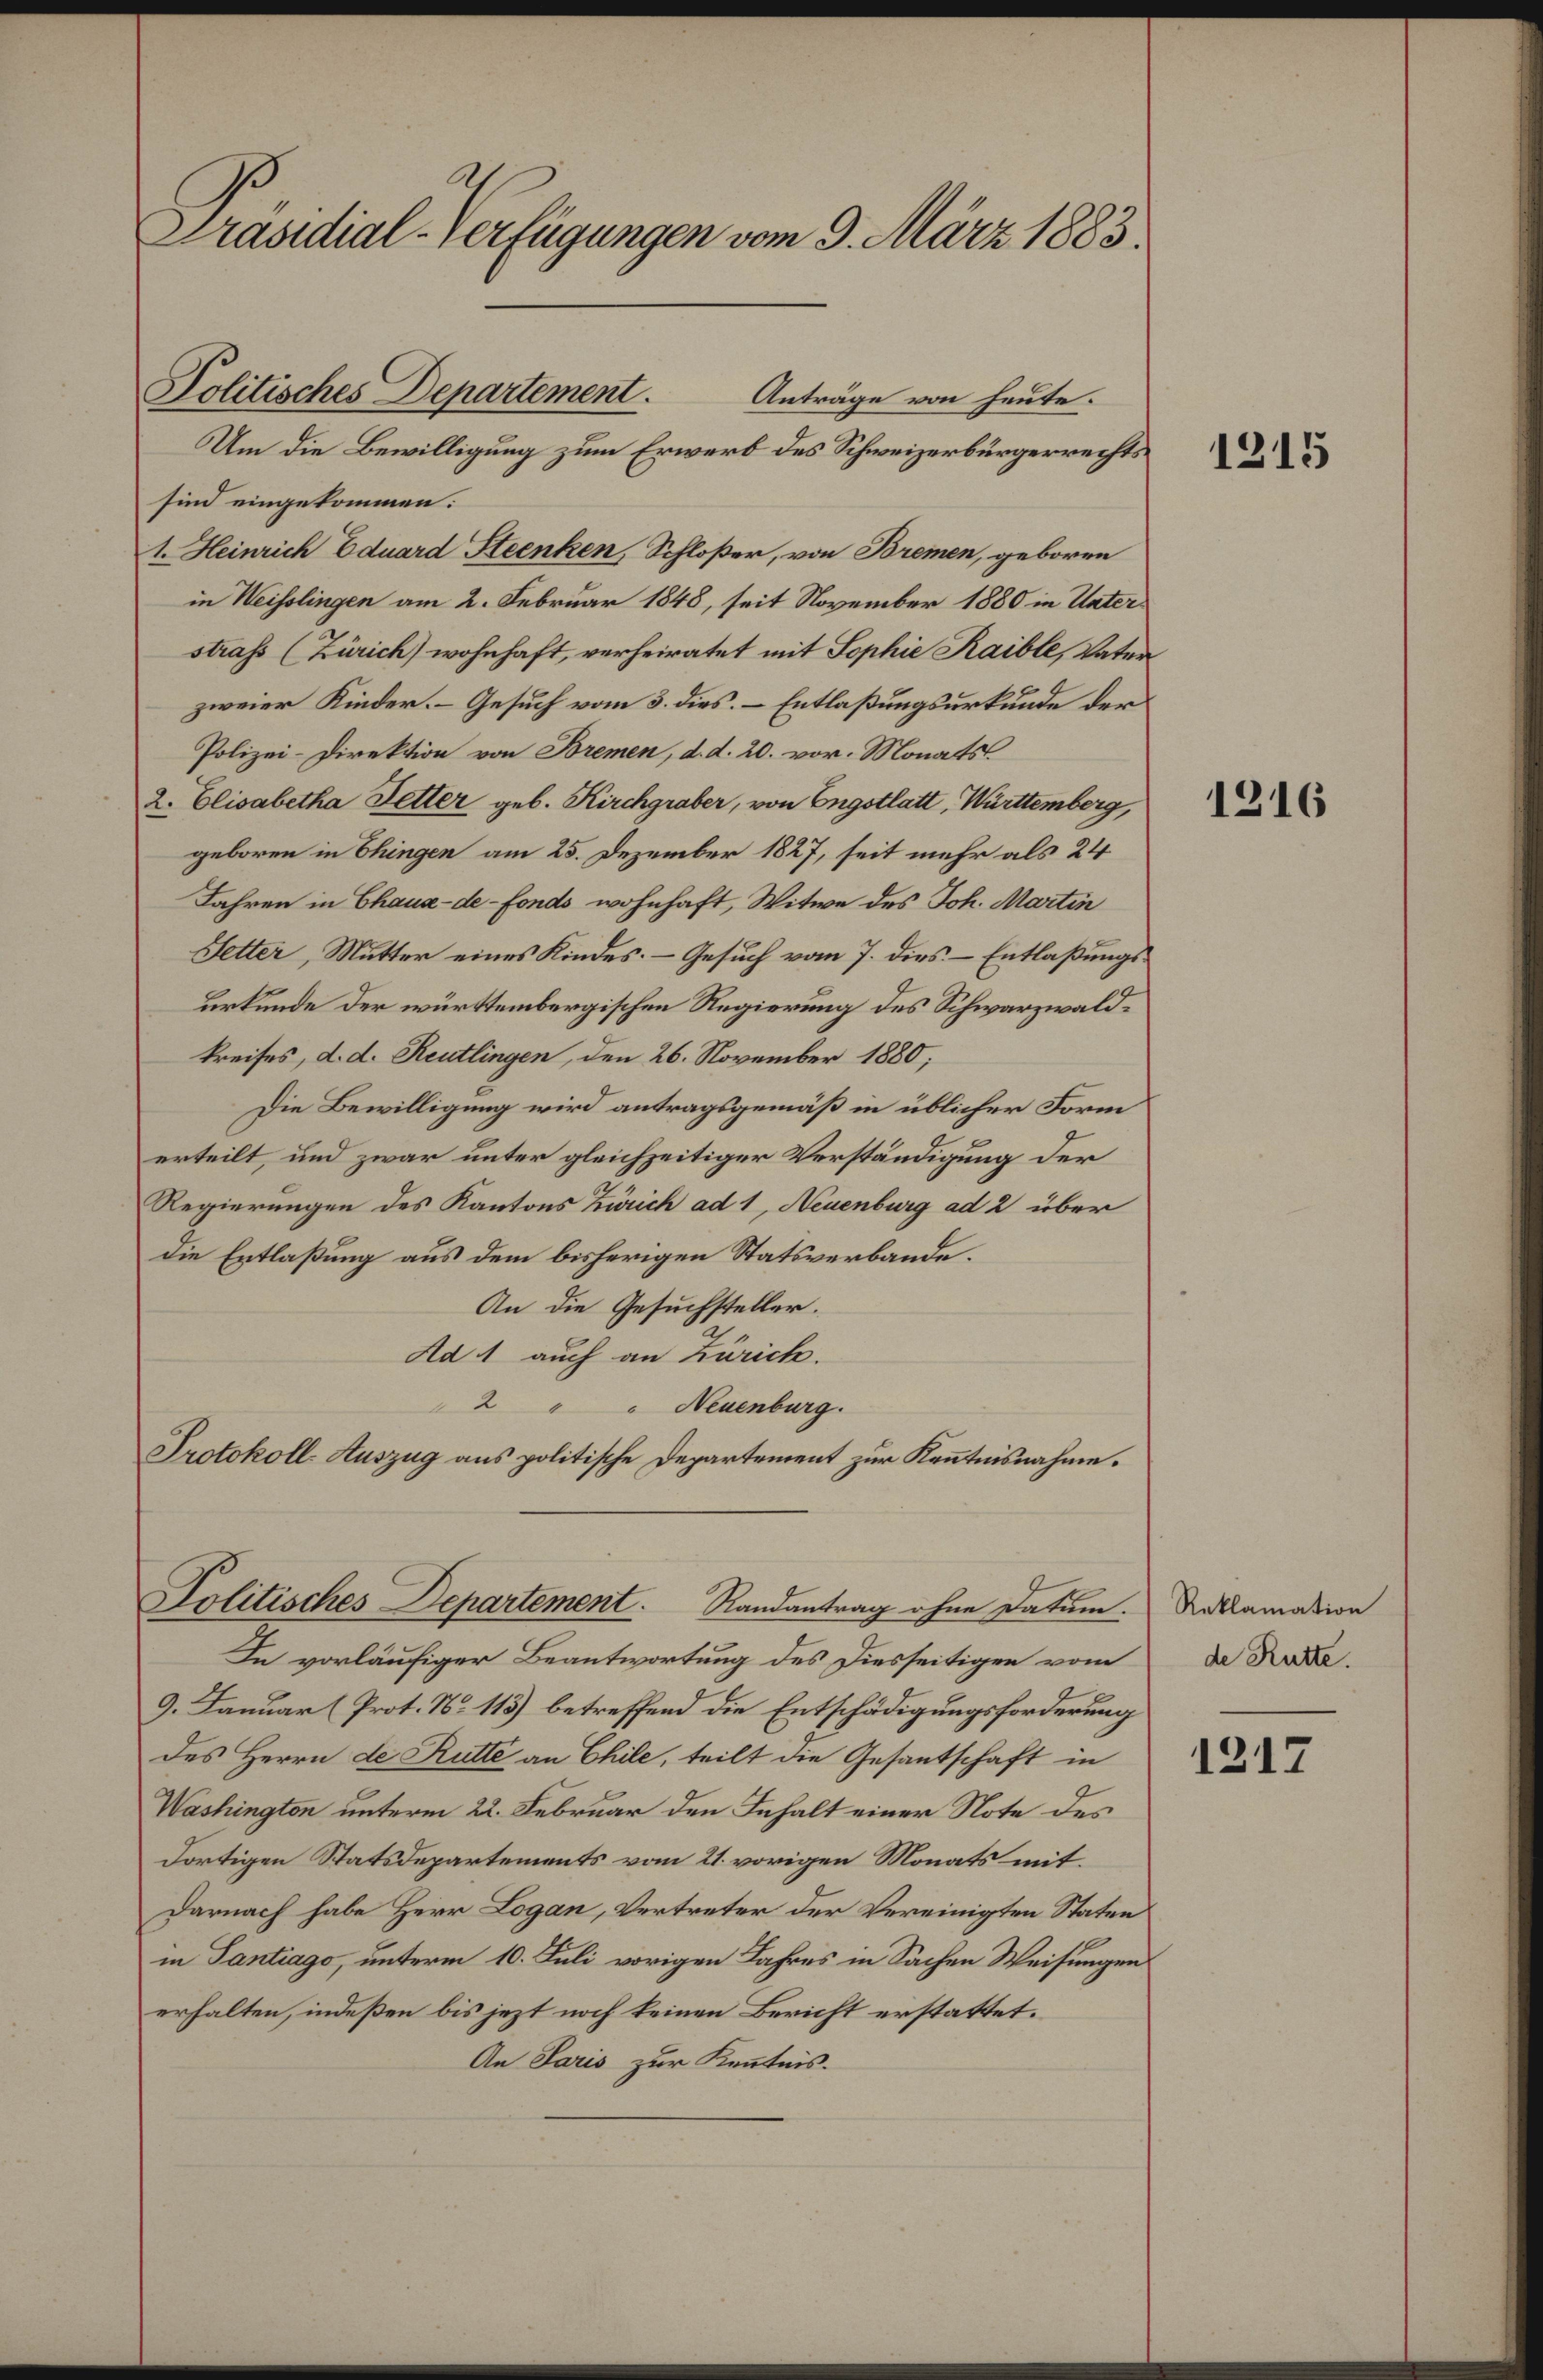
Präsidial-Verfügungen vom 9. März 1883.

Um die Bewilligung zum Erwerb des Schweizerbürgerrechts
sind eingekommen:
1. Heinrich Eduard Steenken, Schloßer, von Bremen, geboren
in Weisslingen am 2. Februar 1848, seit November 1880 in Unterstrafs (Zürich) wohnhaft, verheiratet mit Sophie Kaible, Vater
zweier Kinder. Gesuch vom 3. dies. – Entlaßungsurkunde der
Polizei-Direktion von Bremen, d. d. 20. vor. Monats
2. Elisabetha Ketter geb. Kirchgraber, von Engstlatt, Württemberg,
geboren in hingen am 25. Dezember 1827, seit mehr als 24
Jahren in Chaux-de-Fonds wohnhaft, Witwe des Joh. Martin
Setter, Mutter eines Kindes. – Gesuch vom 7. dies - Entlaßungsurkunde der württembergischen Regierung des Schwarzwaldkreises, d. d. Reutlingen, den 26. November 1880;
Die Bewilligung wird antragsgemäß in üblicher Form
erteilt, und zwar unter gleichzeitiger Verständigung der
Regierungen des Kantons Zürich ad 1, Neuenburg ad 2 über
die Entlaßung aus dem bisherigen Statsverbande.
An die Gesuchsteller.
Aa 1 auch an Zürich.
2 " " Neuenburg.
Protokoll-Auszug aus politische Departement zur Kenntnisnahme.

Politisches Departement.
Anträge von heute.

Politisches Departement. Randantrag ohne Datum.

In vorläufiger Beantwortung des Diesseitigen vom
9. Januar (Prot. No 113) betreffend die Entschädigungsforderung
des Herrn de Rutte an Chile, teilt die Gesantschaft in
Washington unterm 22. Februar den Inhalt einer Note des
dortigen Statsdepartements vom 21. vorigen Monats mit¬
Darnach habe Herr Logan, Vertreter der Vereinigten Staten
in Tantiago, unterm 10. Juli vorigen Jahres in Sachen Weisungen
erhalten, indeßen bis jezt noch keinen Bericht erstattet.
An Paris zur Kenntnis.

1215

1216

Reklamation
de Rütte.

1217